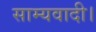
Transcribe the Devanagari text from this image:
साम्यवादी।